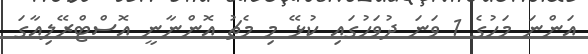
އަންނަ މަހުގެ 1 ވަނަ ދުވަހުގައި ކުޅޭ މި މެޗު އޮންނާނީ އޮސްޓްރޭލިއާގަ